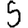
Digit: 5